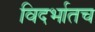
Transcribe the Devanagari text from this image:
विदर्भातच